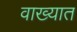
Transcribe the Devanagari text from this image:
वाख्यात